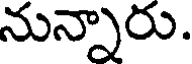
నున్నారు.